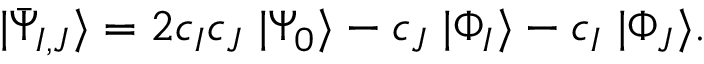
\ensuremath { \vert \bar { \Psi } _ { I , J } \rangle } = 2 c _ { I } c _ { J } \; \ensuremath { \vert \Psi _ { 0 } \rangle } - c _ { J } \; \ensuremath { \vert \Phi _ { I } \rangle } - c _ { I } \; \ensuremath { \vert \Phi _ { J } \rangle } .